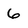
Character: 6